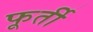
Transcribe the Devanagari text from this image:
फूर्ती